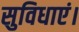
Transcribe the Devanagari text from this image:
सुविधाएं।